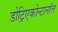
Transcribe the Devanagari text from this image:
डोट्रिएकोन्टानॉल